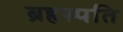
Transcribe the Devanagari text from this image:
ब्रहस्पति